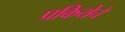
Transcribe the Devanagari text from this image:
प्रकियेचे